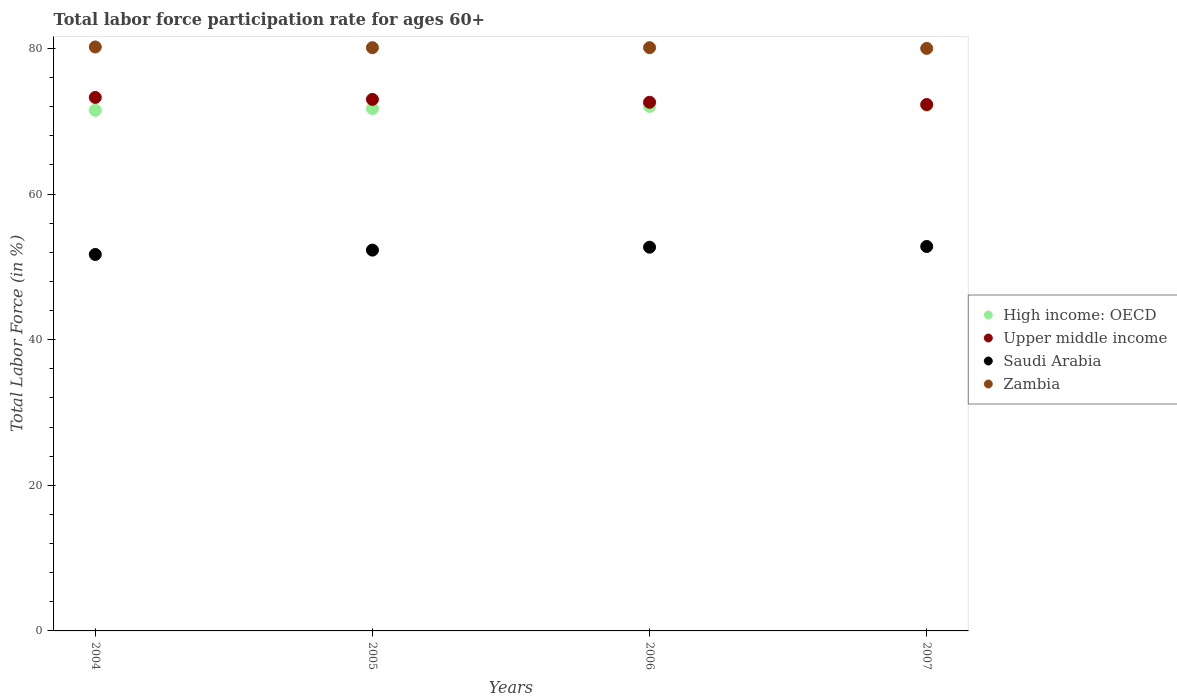
| Years | High income: OECD | Upper middle income | Saudi Arabia | Zambia |
 | --- | --- | --- | --- | --- |
 | 2004 | 71.5 | 73.3 | 51.7 | 80.2 |
 | 2005 | 71.7 | 73 | 52.3 | 80.1 |
 | 2006 | 72 | 72.6 | 52.7 | 80.1 |
 | 2007 | 72.2 | 72.3 | 52.8 | 80 |